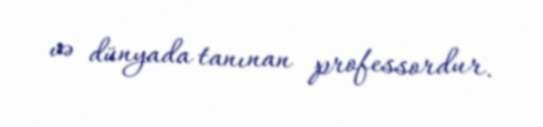
və dünyada tanınan professordur.